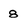
Character: 8